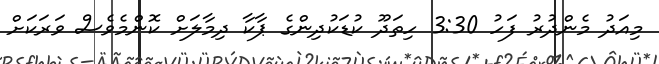
މިއަދު މެންދުރު ފަހު 3:30 ހިތަދޫ ކުޑަކުދިންގެ ޕާކާ ދިމާލަށް ކޮންމެވެސް ވަރަކަށް